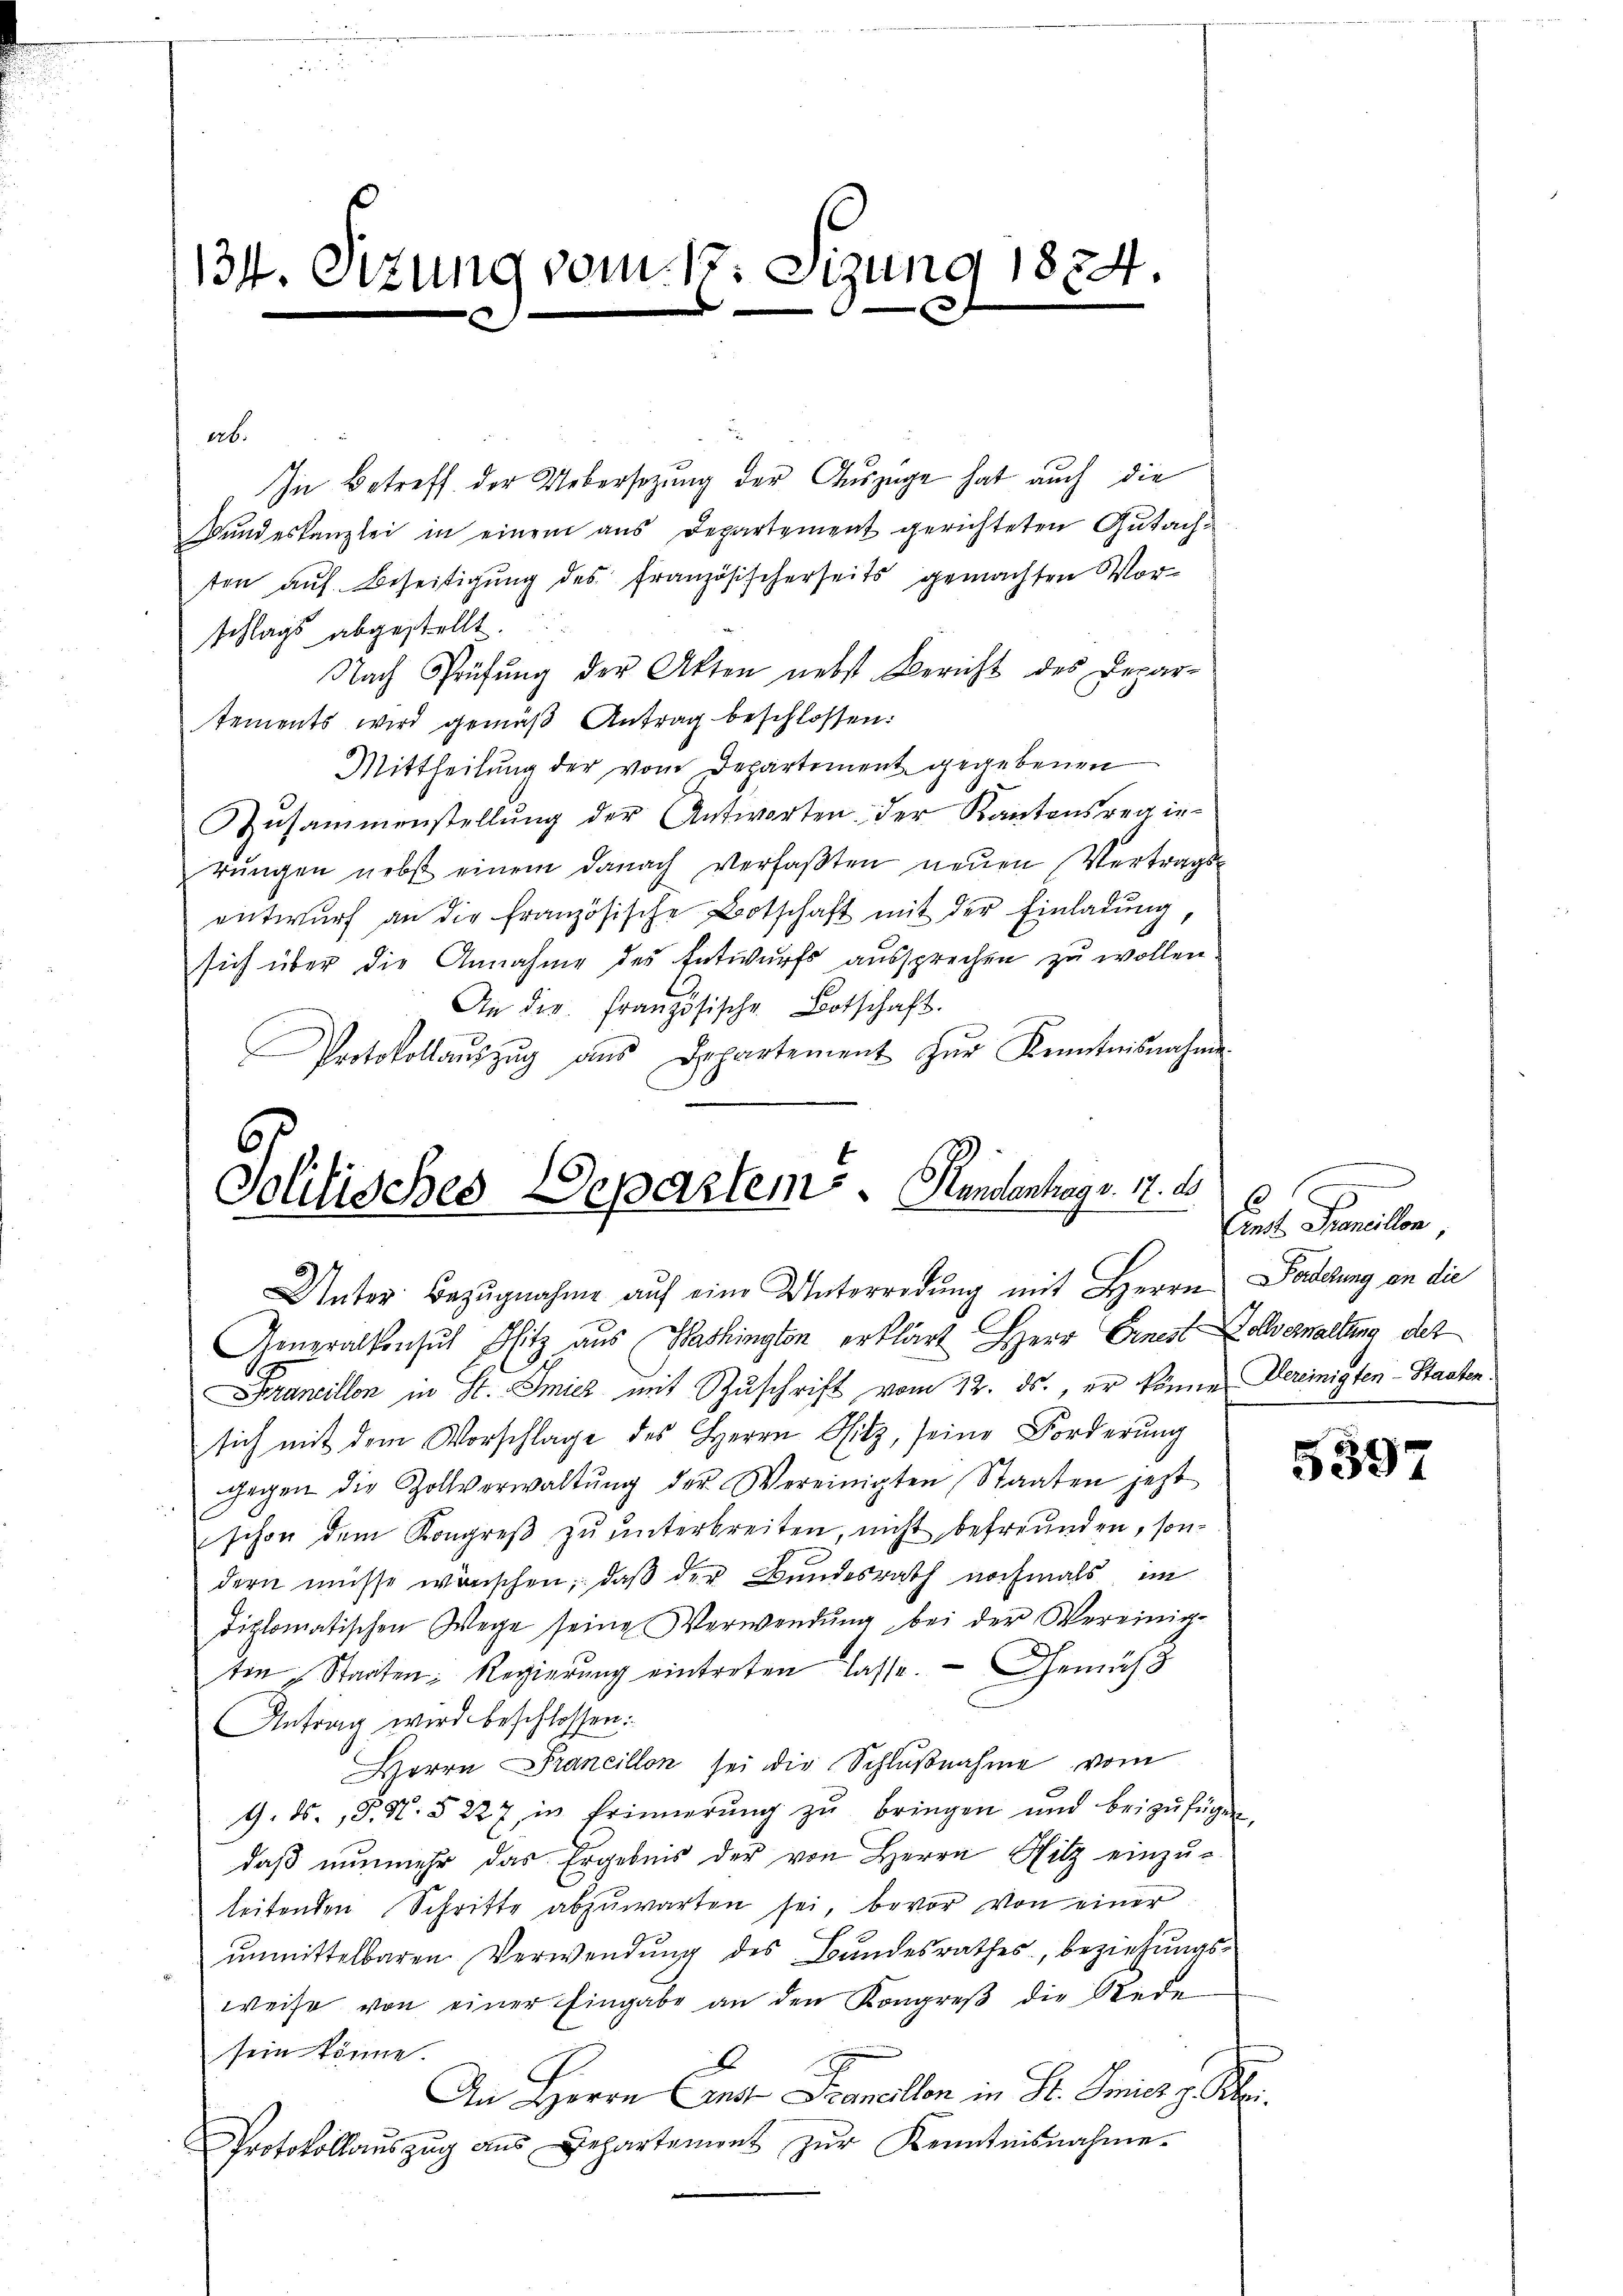
ab.
In Betreff der Uebersetzung der Auszüge hat auch die
Bundeskanzlei in einem aus Departement gerichteten Gutachten auf Beseitigung des französischerseits gemachten Vorschlags abgestellt.
Nach Prüfŭng der Akten nebst Bericht des Depar-
tements wird gemäß Antrag beschlossen:
Mittheilung der vom Departement gegebenen
Zusammenstellŭng der Antworten der Kantonsregie-
rŭngen nebst einem danach verfaβten neuen Vertrags-
entwurf an die französische Botschaft mit der Einladung
sich über die Annahme des Entwurfs aussprechen zu wollen.
An der französische Botschaft.
Protokollaŭszŭg ans Departement zŭr Kenntnisnahme

134. Sizung vom 17. Sezung 1874.
E

Politisches Departem . .   Rundenhag v. 17. 2
Unter Bezŭgnahme aŭf eine Unterredung mit Herrn Fadelung an die

Generalkonsul Hitz aus Washington erklärt Herr Ernest Kollerhaltung des
Francillon in St. Smicz mit Zuschrift vom 12. ds., er könne Vereinigten-Staatensich mit dem Vorschlage des Herrn Sitz, seine Forderŭng
 gegen die Zollverwaltŭng der Vereinigten Staaten jezt
schon dem Kongreβ zŭ ŭnterbreiten, nicht befreunden, sondern müsse wärischen, daß der Bundesrath nochmals im
diplomatischen Wege seine Verwendŭng bei der Vereinig-
ten Staaten Regierung eintreten lasse. — Gemäß
Antrag wird beschlossen:
Herrn Prancillon sei die Schlußnahme vom
G. ds., P. Nr. § 227, in Erinnerŭng zŭ bringen und beizufügen,
daß nunmehr das Ergebnis der von Herrn Hitz einzŭ-
leitenden Schritte abzŭwarten sei, bevor von einer
unmittelbaren Verwendung des Bundesrathes, beziehungs-
weise von einer Eingabe an den Kongreß die Rede
sein könne.
b
An Herrn Candt Francellen in Dr. Amirg Klei¬
Protokollaŭszŭg ans Departement zŭr Kenntnisnahme.

6
Arnst Francillon

5397